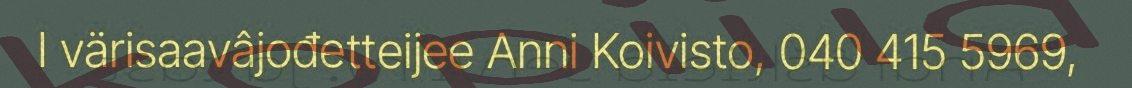
I värisaavâjođetteijee Anni Koivisto, 040 415 5969,